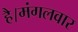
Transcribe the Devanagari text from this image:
है।मंगलवार